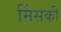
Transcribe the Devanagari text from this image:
मिंसकी